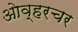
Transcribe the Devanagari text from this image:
ओव्हरचर